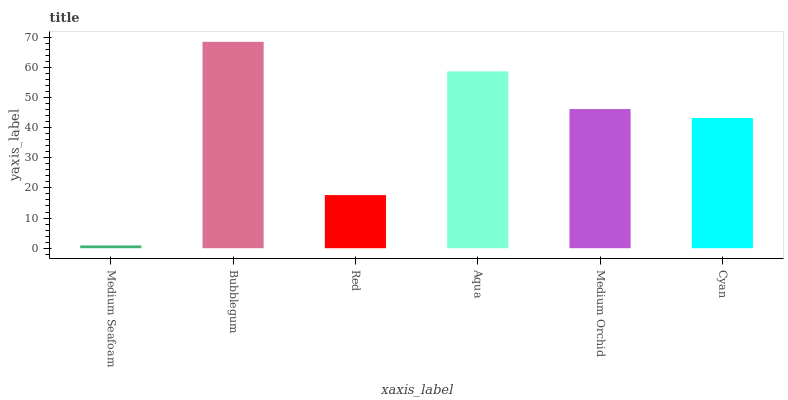
| xaxis_label | bars |
 | --- | --- |
 | Medium Seafoam | 0.909 |
 | Bubblegum | 68.4 |
 | Red | 17.6 |
 | Aqua | 58.6 |
 | Medium Orchid | 46.1 |
 | Cyan | 43.2 |